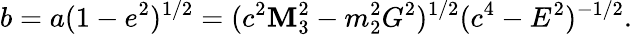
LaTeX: b=a(1-e^{2})^{1/2}=(c^{2}\mathbf{M}_{3}^{2}-m_{2}^{2}G^{2})^{1/2}(c^{4}-E^{2})^{-1/2}.